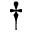
^ { \dag }